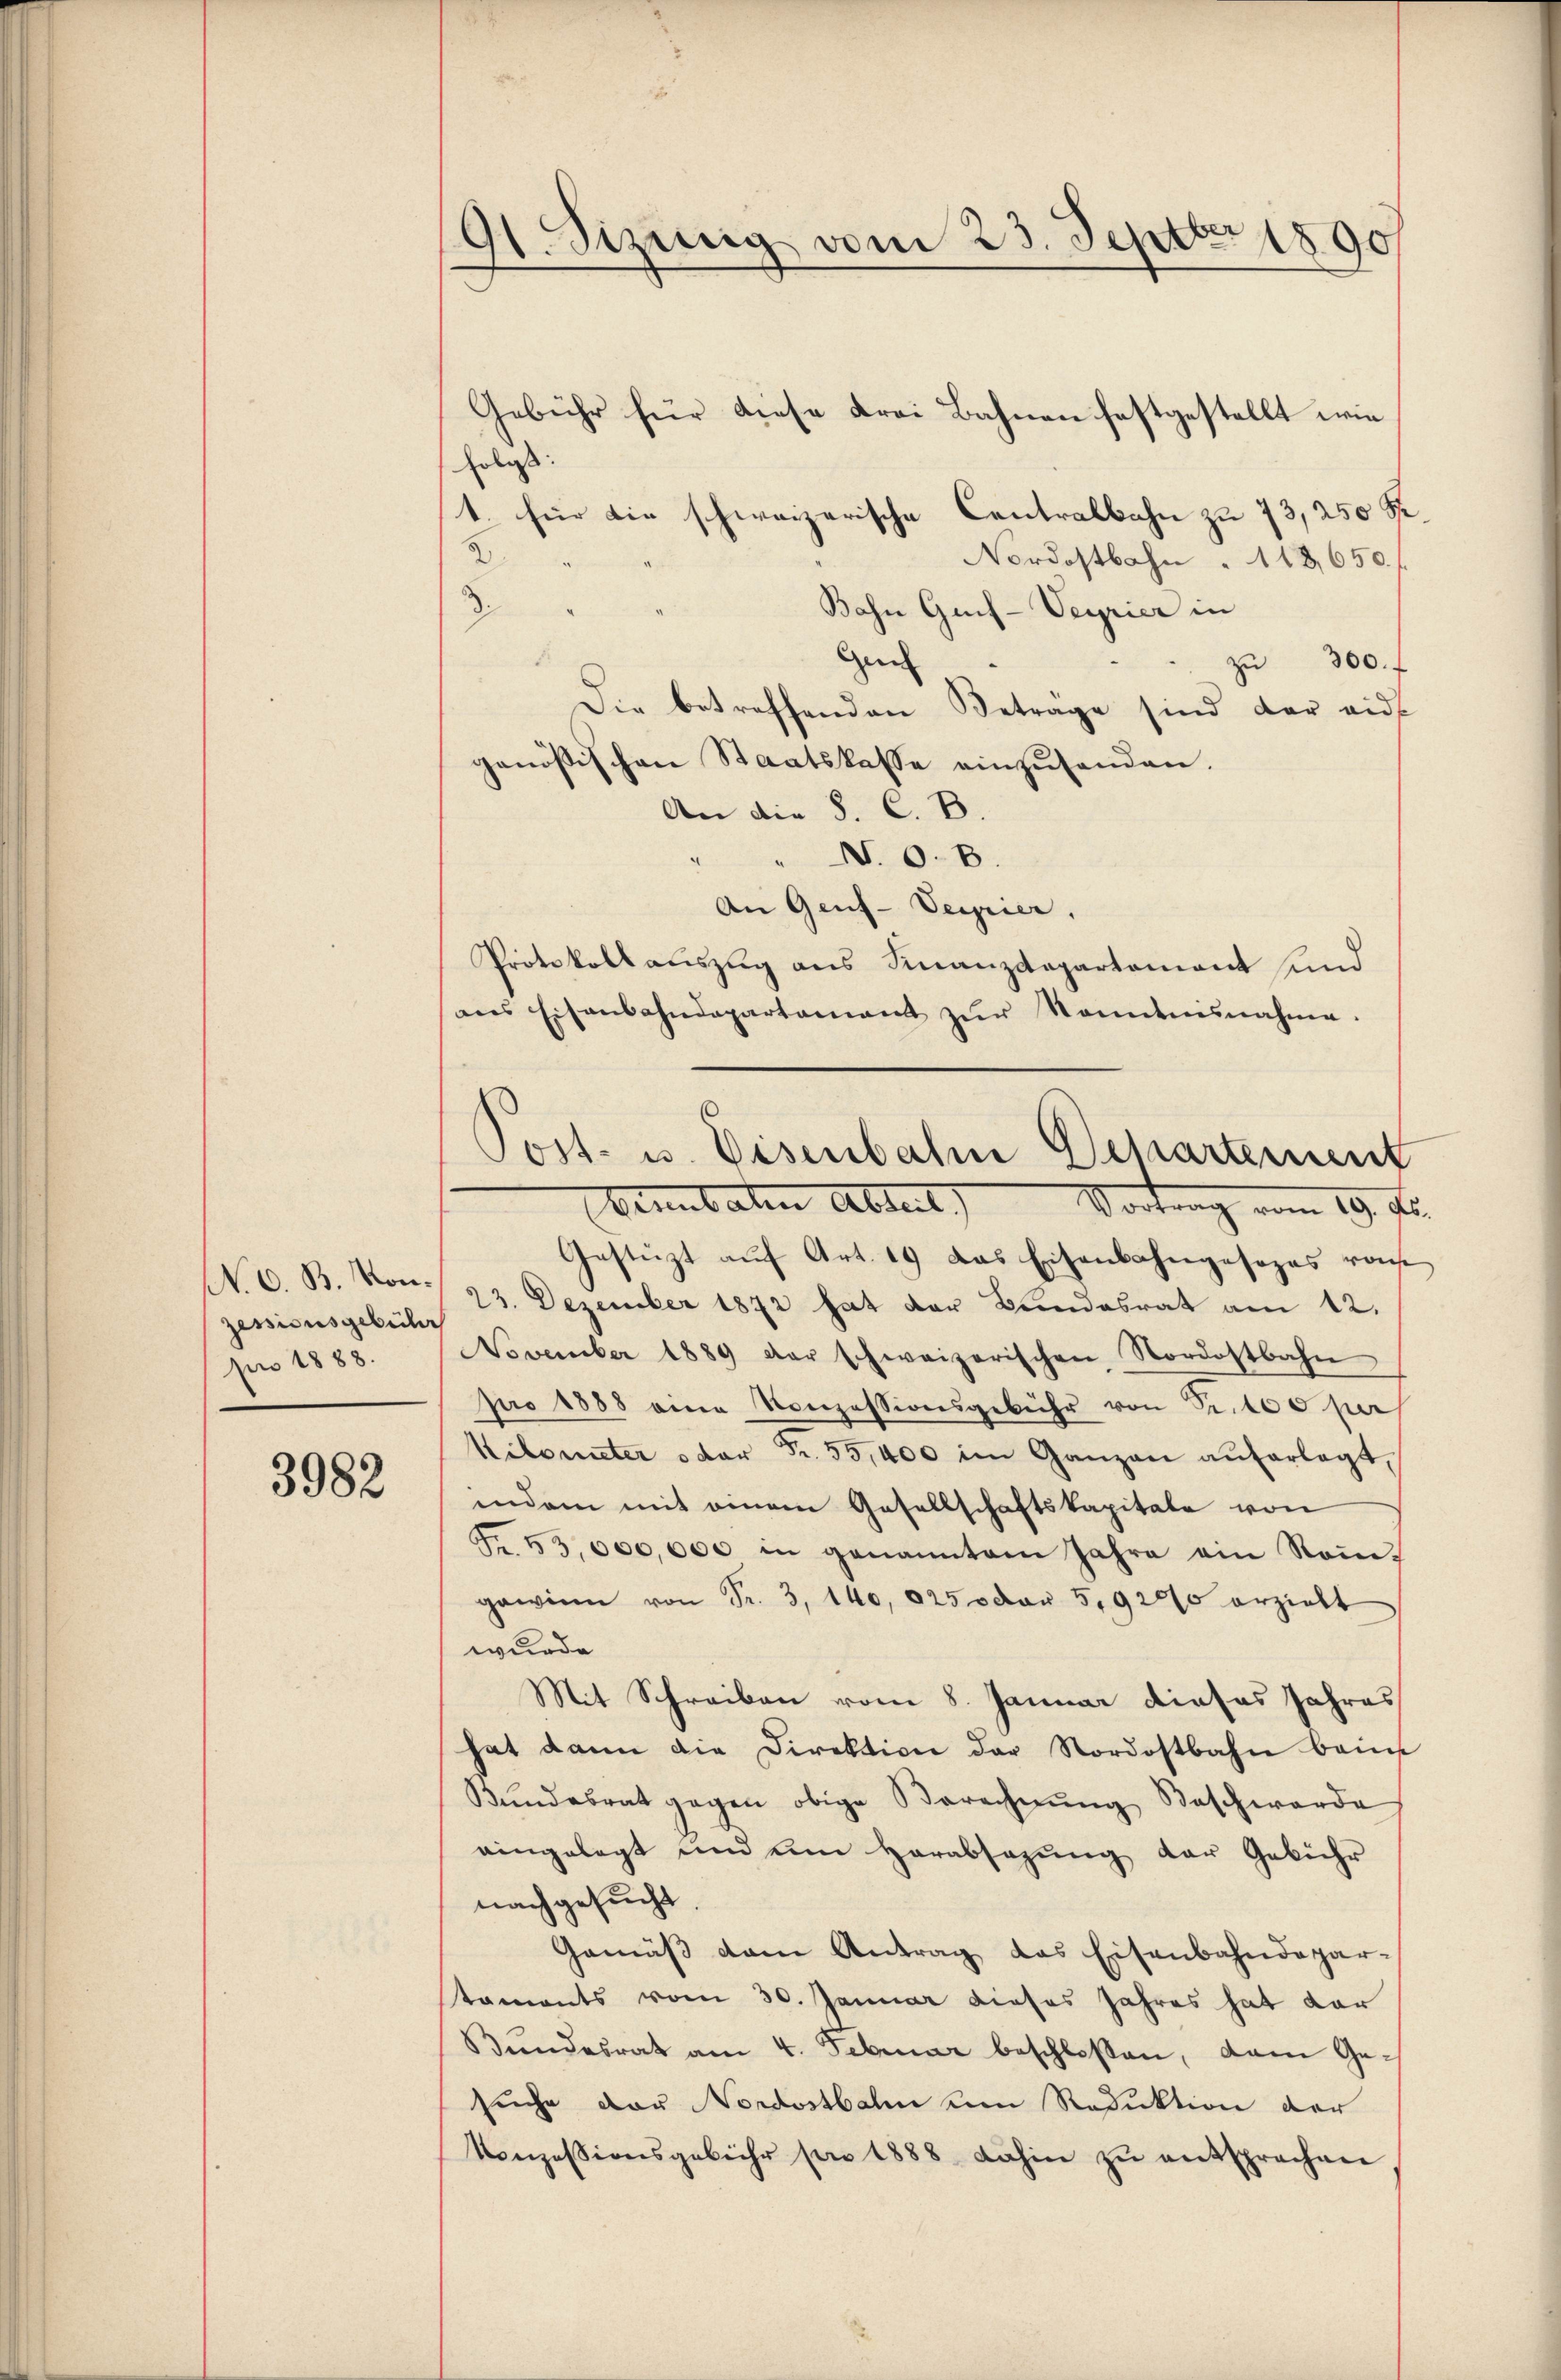
N. O. B. Monzessionsgebühr
pro 1888.

3982

41. Sizinig vom 23. Septbr 1890
.

Post- u. Eisenbahn Departement
Vermutate Abteil) Vortrag vom 19. d.

Gebühr für diese Frei Bahnen festgestellt wie
Erlass
1. für die schweizerische Centralbahn zu 73, 250 Fr.
2
Nordostbahn" 118,650. f
3.
Bahn Geif-Seyrier in
Gen
zŭ 300. f
Die betreffenden Betrage sind der eide
genößischen Staatskasse einzusenden.
An die S. C. B.
" N.O.B.
An Genf-Verrier.
Protokollauszug aus Finanzdepartement und
ans Eisenbahndepartamant zŭr Sonntnisnahme.
Gestüzt auf Art. 19 das Eisenbahngesezes von
23. Dezember 1872 hat der Bundesrat am 12.
November 1889 der schweizerischen Nordostbahn
pro 1888 eine Konzessionsgebühr von Sr. 100 per
Kilometer oder Fr. 55,400 im Ganzen aŭferlegt,
indem mit einem Gesellschaftskapitale von
Fr. 53,000,000 in genannten Jahre ein Rein-
gewinn von Fr. 3, 140, 1250 von 5,92000 erzielt
wurde
Mit Schreiben vom 8. Januar dieses Jahres
hat dann die Direktion der Nordostbahn beim
Bŭndesrat gegen obige Berechnŭng Beschwerde
eingelegt und um Herabsazung der Gebühr
nachgesucht
Gemäβ dem Antrag das Eisenbahndepar-
taments vom 30. Januar dieses Jahres hat dar
Bŭndesrat am 4. Februar beschloßen, dem Gesuche vor Nordostbahn um Reduktion der
Konzessionsgebühr pro 1888 dahin zŭ entsprechen